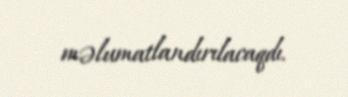
məlumatlandırılacaqdı.